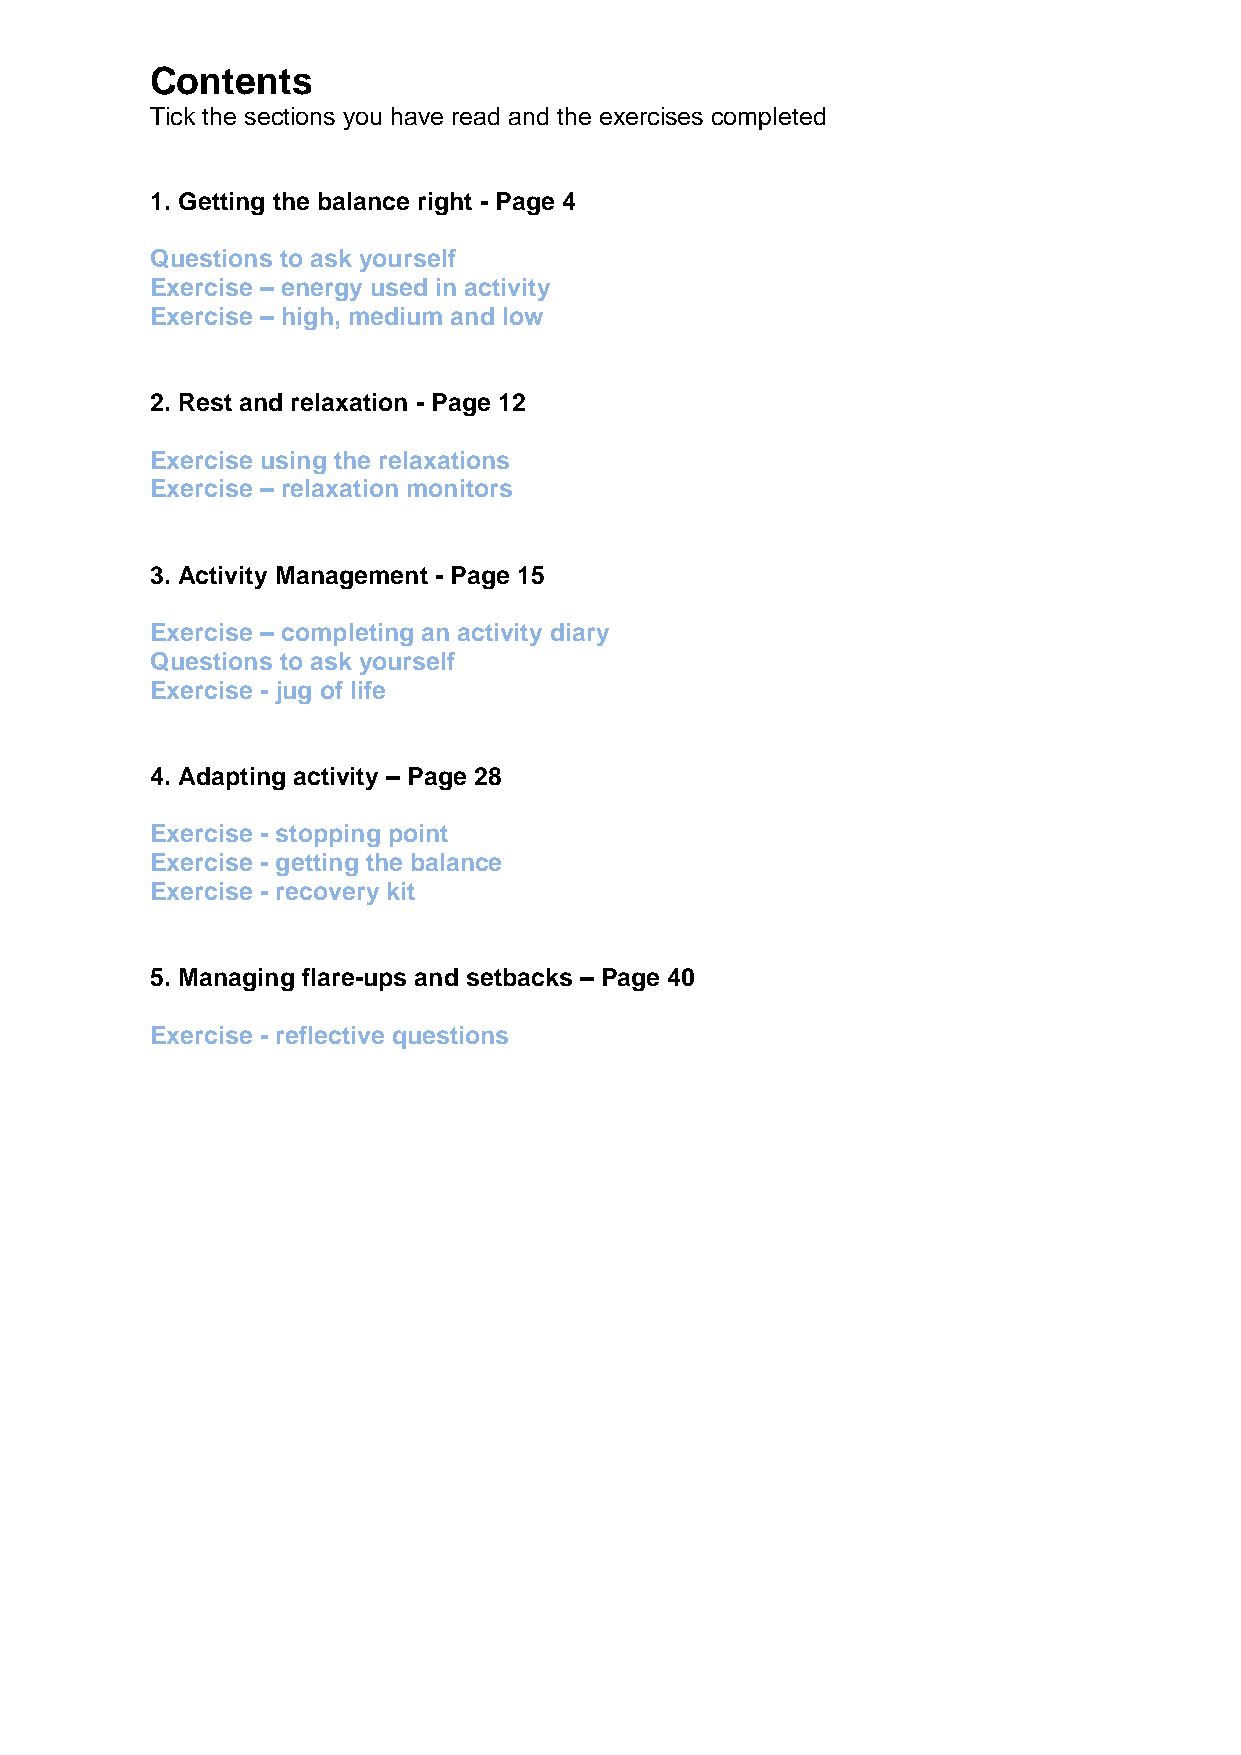
Contents
 Tick the sections you have read and the exercises completed
 
 1. Getting the balance right - Page 4
 Questions to ask yourself
 Exercise – energy used in activity
 Exercise – high, medium and low
 2. Rest and relaxation - Page 12
 Exercise using the relaxations
 Exercise – relaxation monitors
 3. Activity Management - Page 15
 Exercise – completing an activity diary
 Questions to ask yourself
 Exercise - jug of life
 4. Adapting activity – Page 28
 Exercise - stopping point
 Exercise - getting the balance
 Exercise - recovery kit
 5. Managing flare-ups and setbacks – Page 40
 Exercise - reflective questions